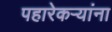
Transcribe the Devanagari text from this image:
पहारेकऱ्यांना